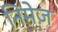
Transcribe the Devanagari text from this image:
निमेज़